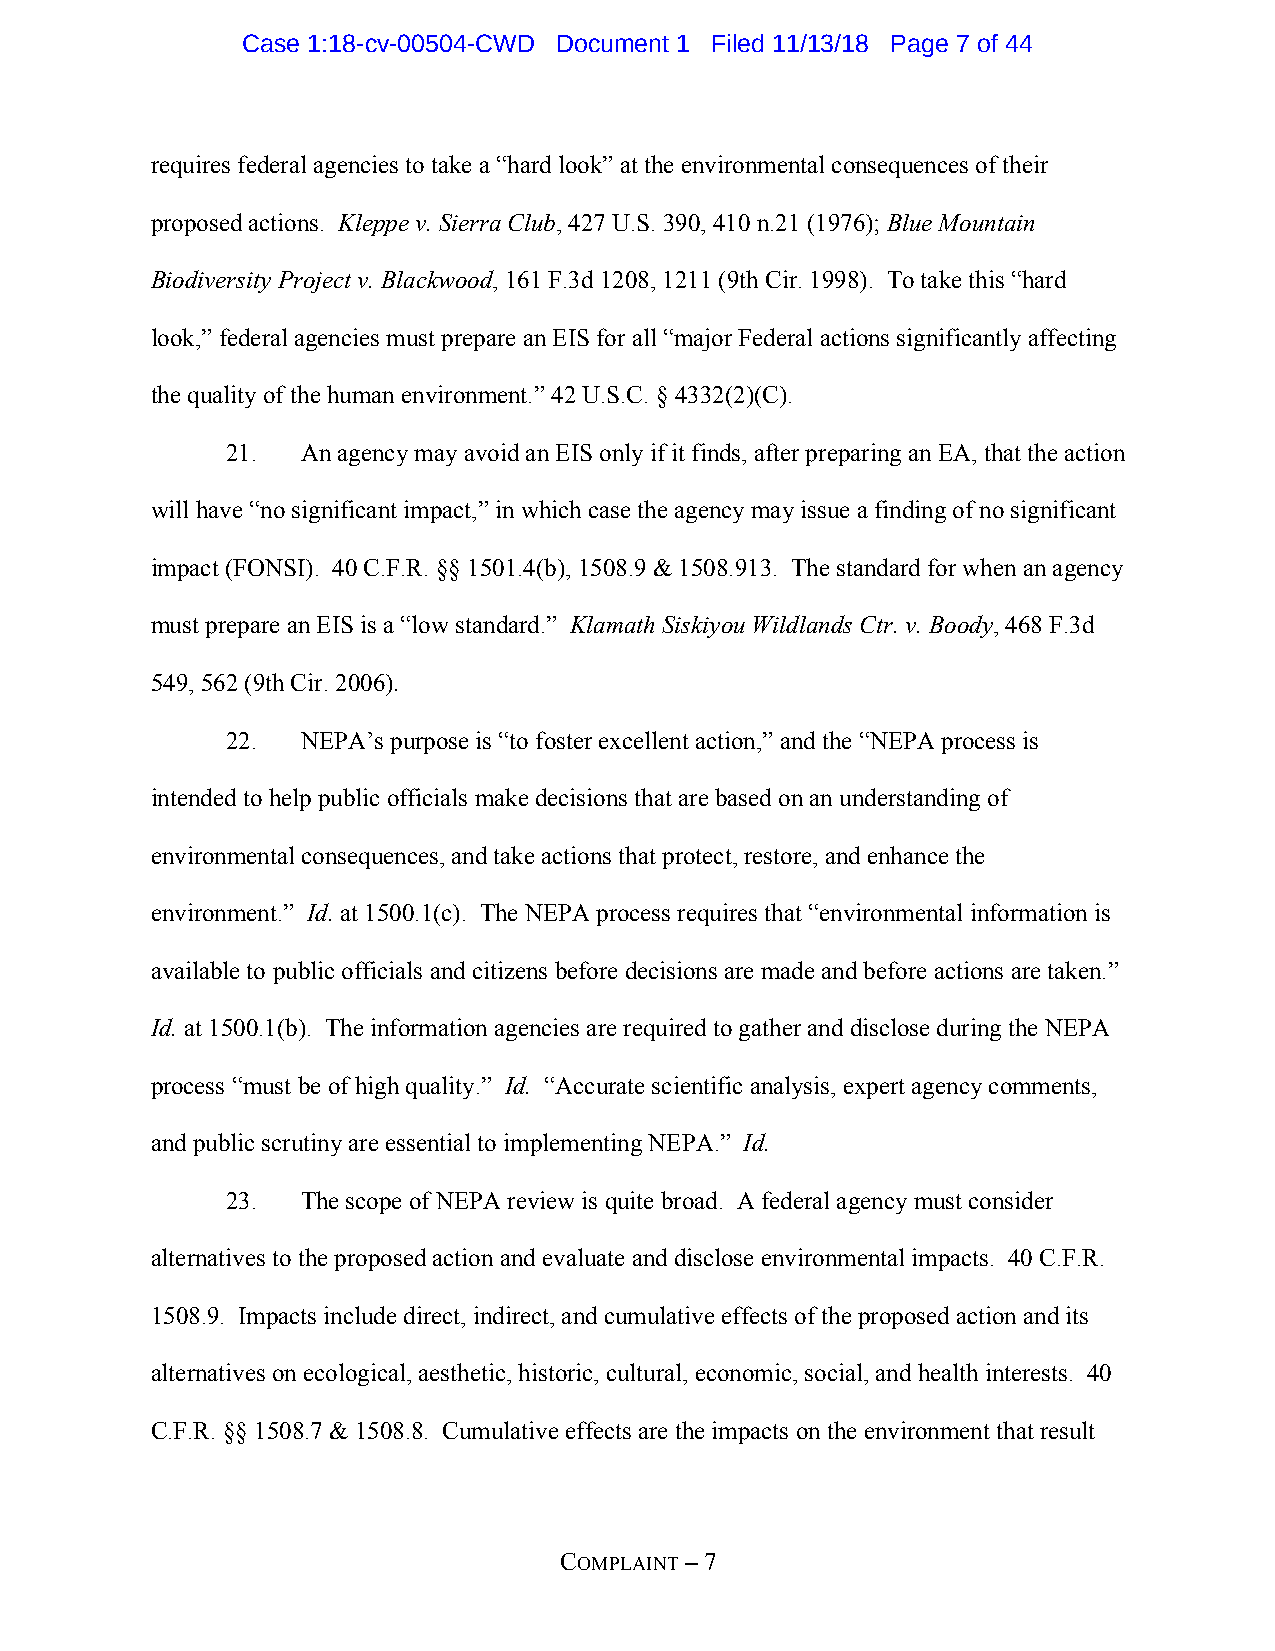
Case 1:18-cv-00504-CWD Document 1 Filed 11/13/18 Page 7 of 44
 requires federal agencies to take a “hard look” at the environmental consequences of their
 proposed actions. Kleppe v. Sierra Club, 427 U.S. 390, 410 n.21 (1976); Blue Mountain
 Biodiversity Project v. Blackwood, 161 F.3d 1208, 1211 (9th Cir. 1998). To take this “hard
 look,” federal agencies must prepare an EIS for all “major Federal actions significantly affecting
 the quality of the human environment.” 42 U.S.C. § 4332(2)(C).
 21.  An agency may avoid an EIS only if it finds, after preparing an EA, that the action
 will have “no significant impact,” in which case the agency may issue a finding of no significant
 impact (FONSI). 40 C.F.R. §§ 1501.4(b), 1508.9 & 1508.913. The standard for when an agency
 must prepare an EIS is a “low standard.” Klamath Siskiyou Wildlands Ctr. v. Boody, 468 F.3d
 549, 562 (9th Cir. 2006).
 22.  NEPA’s purpose is “to foster excellent action,” and the “NEPA process is
 intended to help public officials make decisions that are based on an understanding of
 environmental consequences, and take actions that protect, restore, and enhance the
 environment.” Id. at 1500.1(c). The NEPA process requires that “environmental information is
 available to public officials and citizens before decisions are made and before actions are taken.”
 Id. at 1500.1(b). The information agencies are required to gather and disclose during the NEPA
 process “must be of high quality.” Id. “Accurate scientific analysis, expert agency comments,
 and public scrutiny are essential to implementing NEPA.” Id.
 23.  The scope of NEPA review is quite broad. A federal agency must consider
 alternatives to the proposed action and evaluate and disclose environmental impacts. 40 C.F.R.
 1508.9. Impacts include direct, indirect, and cumulative effects of the proposed action and its
 alternatives on ecological, aesthetic, historic, cultural, economic, social, and health interests. 40
 C.F.R. §§ 1508.7 & 1508.8. Cumulative effects are the impacts on the environment that result
 COMPLAINT – 7